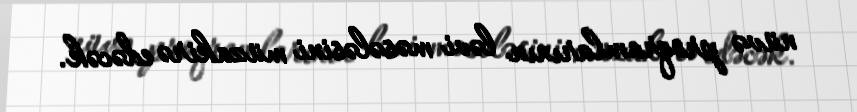
nüvə proqramlarının ləvi məsələsini müzakirə edəcək.